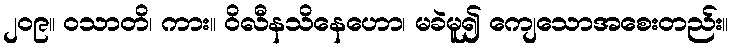
၂၀၉။ ဝသာတိ၊ ကား။ ဝိလီနသိနေဟော၊ မခဲမူ၍ ကျေသောအစေးတည်း။